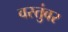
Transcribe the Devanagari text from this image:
वस्तुंवर